Annual report of the Punjab Veterinary College and of the Civil Veterinary Department, Punjab - 1920-1925
Year: 1920
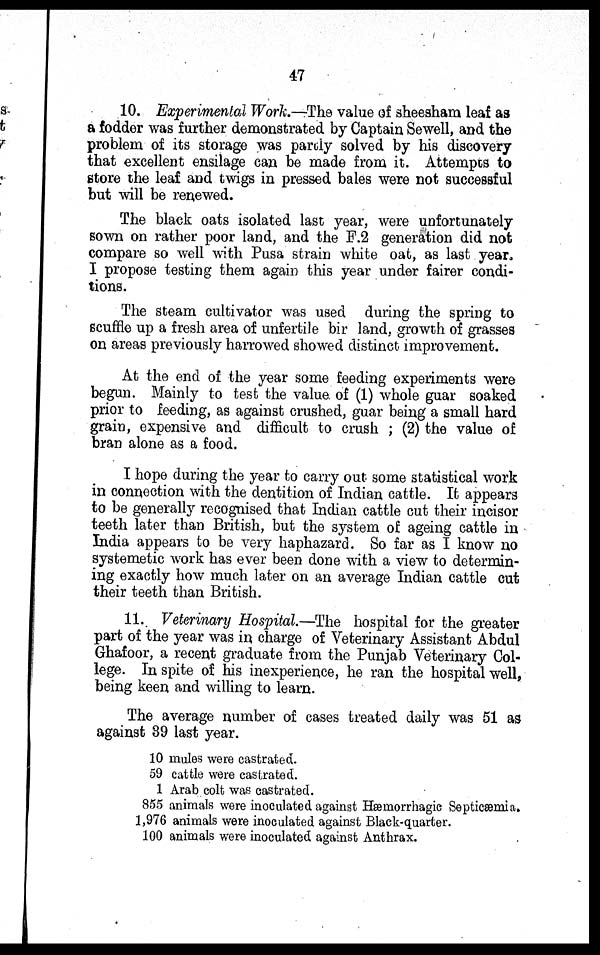
47
10. Experimental Work.—The value of sheesham leaf as
a fodder was further demonstrated by Captain Sewell, and the
problem of its storage was partly solved by his discovery
that excellent ensilage can be made from it. Attempts to
store the leaf and twigs in pressed bales were not successful
but will be renewed.
The black oats isolated last year, were unfortunately
sown on rather poor land, and the F.2 generation did not
compare so well with Pusa strain white oat, as last year.
I propose testing them again this year under fairer condi-
tions.
The steam cultivator was used during the spring to
scuffle up a fresh area of unfertile bir land, growth of grasses
on areas previously harrowed showed distinct improvement.
At the end of the year some feeding experiments were
begun. Mainly to test the value of (1) whole guar soaked
prior to feeding, as against crushed, guar being a small hard
grain, expensive and difficult to crush ; (2) the value of
bran alone as a food.
I hope during the year to carry out some statistical work
in connection with the dentition of Indian cattle. It appears
to be generally recognised that Indian cattle cut their incisor
teeth later than British, but the system of ageing cattle in
India appears to be very haphazard. So far as I know no
systemetic work has ever been done with a view to determin-
ing exactly how much later on an average Indian cattle cut
their teeth than British.
11. Veterinary Hospital.—The hospital for the greater
part of the year was in charge of Veterinary Assistant Abdul
Ghafoor, a recent graduate from the Punjab Veterinary Col-
lege. In spite of his inexperience, he ran the hospital well,
being keen and willing to learn.
The average number of cases treated daily was 51 as
against 39 last year.
10 mules were castrated.
59 cattle were castrated.
1 Arab colt was castrated.
855 animals were inoculated against Hæmorrhagic Septicæmia.
1,976 animals were inoculated against Black-quarter.
100 animals were inoculated against Anthrax.